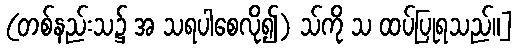
(တစ်နည်းသ၌ အ သရပါစေလို၍) သ်ကို သ ထပ်ပြုရသည်။]